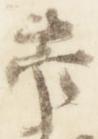
菅